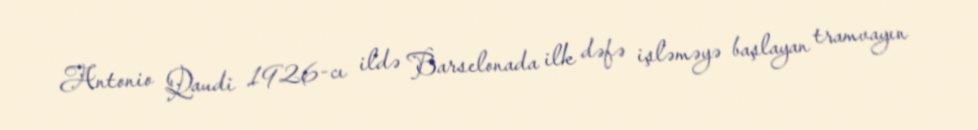
Antonio Qaudi 1926-cı ildə Barselonada ilk dəfə işləməyə başlayan tramvayın